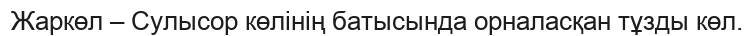
Жаркөл – Сулысор көлінің батысында орналасқан тұзды көл.